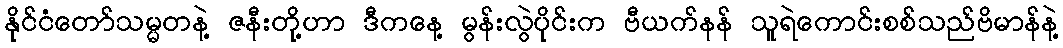
နိုင်ငံတော်သမ္မတနဲ့ ဇနီးတို့ဟာ ဒီကနေ့ မွန်းလွဲပိုင်းက ဗီယက်နန် သူရဲကောင်းစစ်သည်ဗိမာန်နဲ့